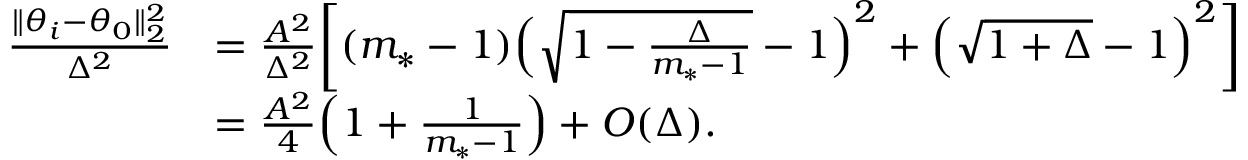
\begin{array} { r l } { \frac { \| \theta _ { i } - \theta _ { 0 } \| _ { 2 } ^ { 2 } } { \Delta ^ { 2 } } } & { = \frac { A ^ { 2 } } { \Delta ^ { 2 } } \bigg [ ( m _ { * } - 1 ) \Big ( \sqrt { 1 - \frac { \Delta } { m _ { * } - 1 } } - 1 \Big ) ^ { 2 } + \Big ( \sqrt { 1 + \Delta } - 1 \Big ) ^ { 2 } \bigg ] } \\ & { = \frac { A ^ { 2 } } { 4 } \Big ( 1 + \frac { 1 } { m _ { * } - 1 } \Big ) + O ( \Delta ) . } \end{array}